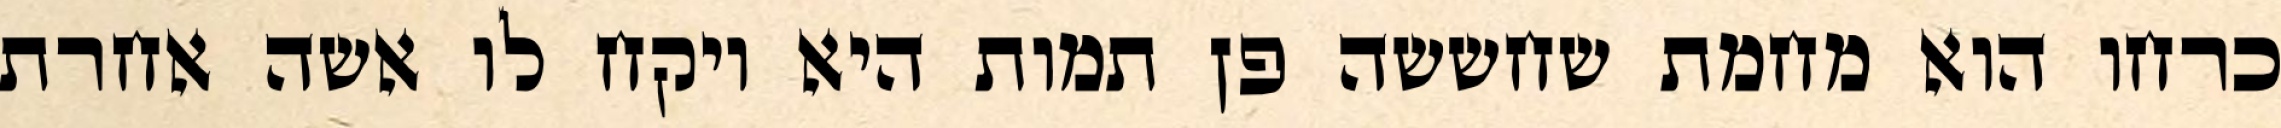
כרחו הוא מחמת שחששה פן תמות היא ויקח לו אשה אחרת